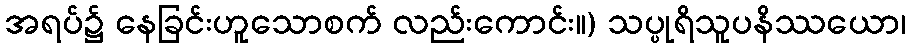
အရပ်၌ နေခြင်းဟူသောစက် လည်းကောင်း။) သပ္ပုရိသူပနိဿယော၊